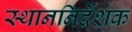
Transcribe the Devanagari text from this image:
स्थाननिर्देशक